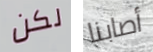
لكن أصابنا